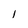
Character: 1